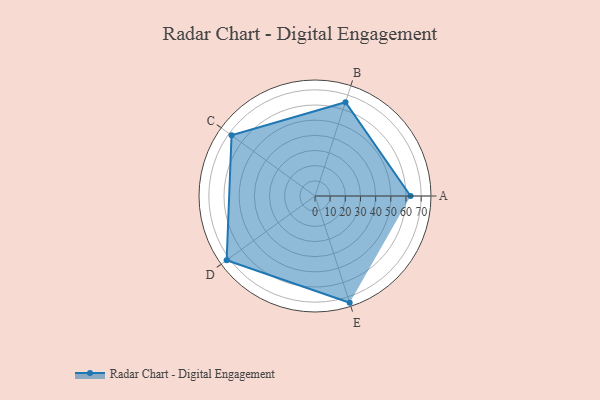
{"axis": {"x": "Skill", "y": "Score"}, "legend": ["Profile"], "data": [{"x": "A", "y": 63.0, "type": "Profile"}, {"x": "B", "y": 65.0, "type": "Profile"}, {"x": "C", "y": 68.0, "type": "Profile"}, {"x": "D", "y": 72.0, "type": "Profile"}, {"x": "E", "y": 74.0, "type": "Profile"}]}